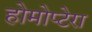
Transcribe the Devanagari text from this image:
होमोप्टेरा